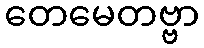
တေမေတဗ္ဗာ